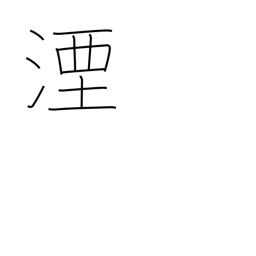
Meaning: sink